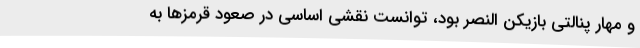
و مهار پنالتی بازیکن النصر بود، توانست نقشی اساسی در صعود قرمزها به